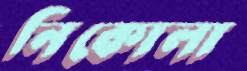
নিকোলা